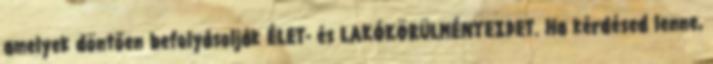
amelyek döntően befolyásolják ÉLET- és LAKÓKÖRÜLMÉNYEIDET. Ha kérdésed lenne,